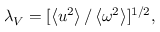
\lambda _ { V } = [ \left< u ^ { 2 } \right> / \left< \omega ^ { 2 } \right> ] ^ { 1 / 2 } ,